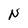
Character: N